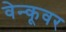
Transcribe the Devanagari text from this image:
वेन्कूवर